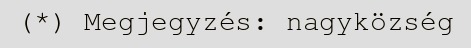
(*) Megjegyzés: nagyközség